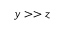
y > > z